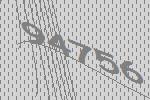
94756